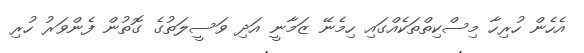
އެހެން ހުރިހާ މިސްކިތްތަކެއްގައި ހިމެނޭ ޒަމާނީ އަދި ވަސީލަތުގެ ގޮތުން ފެންވަރު ހުރި